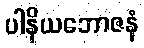
ပါနိယဘောဇနံ